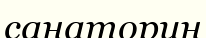
санаторин